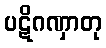
ပဋိဂဏှာတု